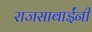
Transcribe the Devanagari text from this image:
राजसाबाईंनी